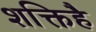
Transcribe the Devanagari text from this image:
शक्तिहै